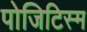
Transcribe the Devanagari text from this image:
पोजिटिस्म